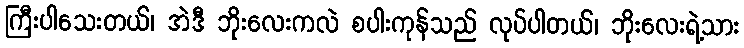
ကြီးပါသေးတယ်၊ အဲဒီ ဘိုးလေးကလဲ စပါးကုန်သည် လုပ်ပါတယ်၊ ဘိုးလေးရဲ့သား